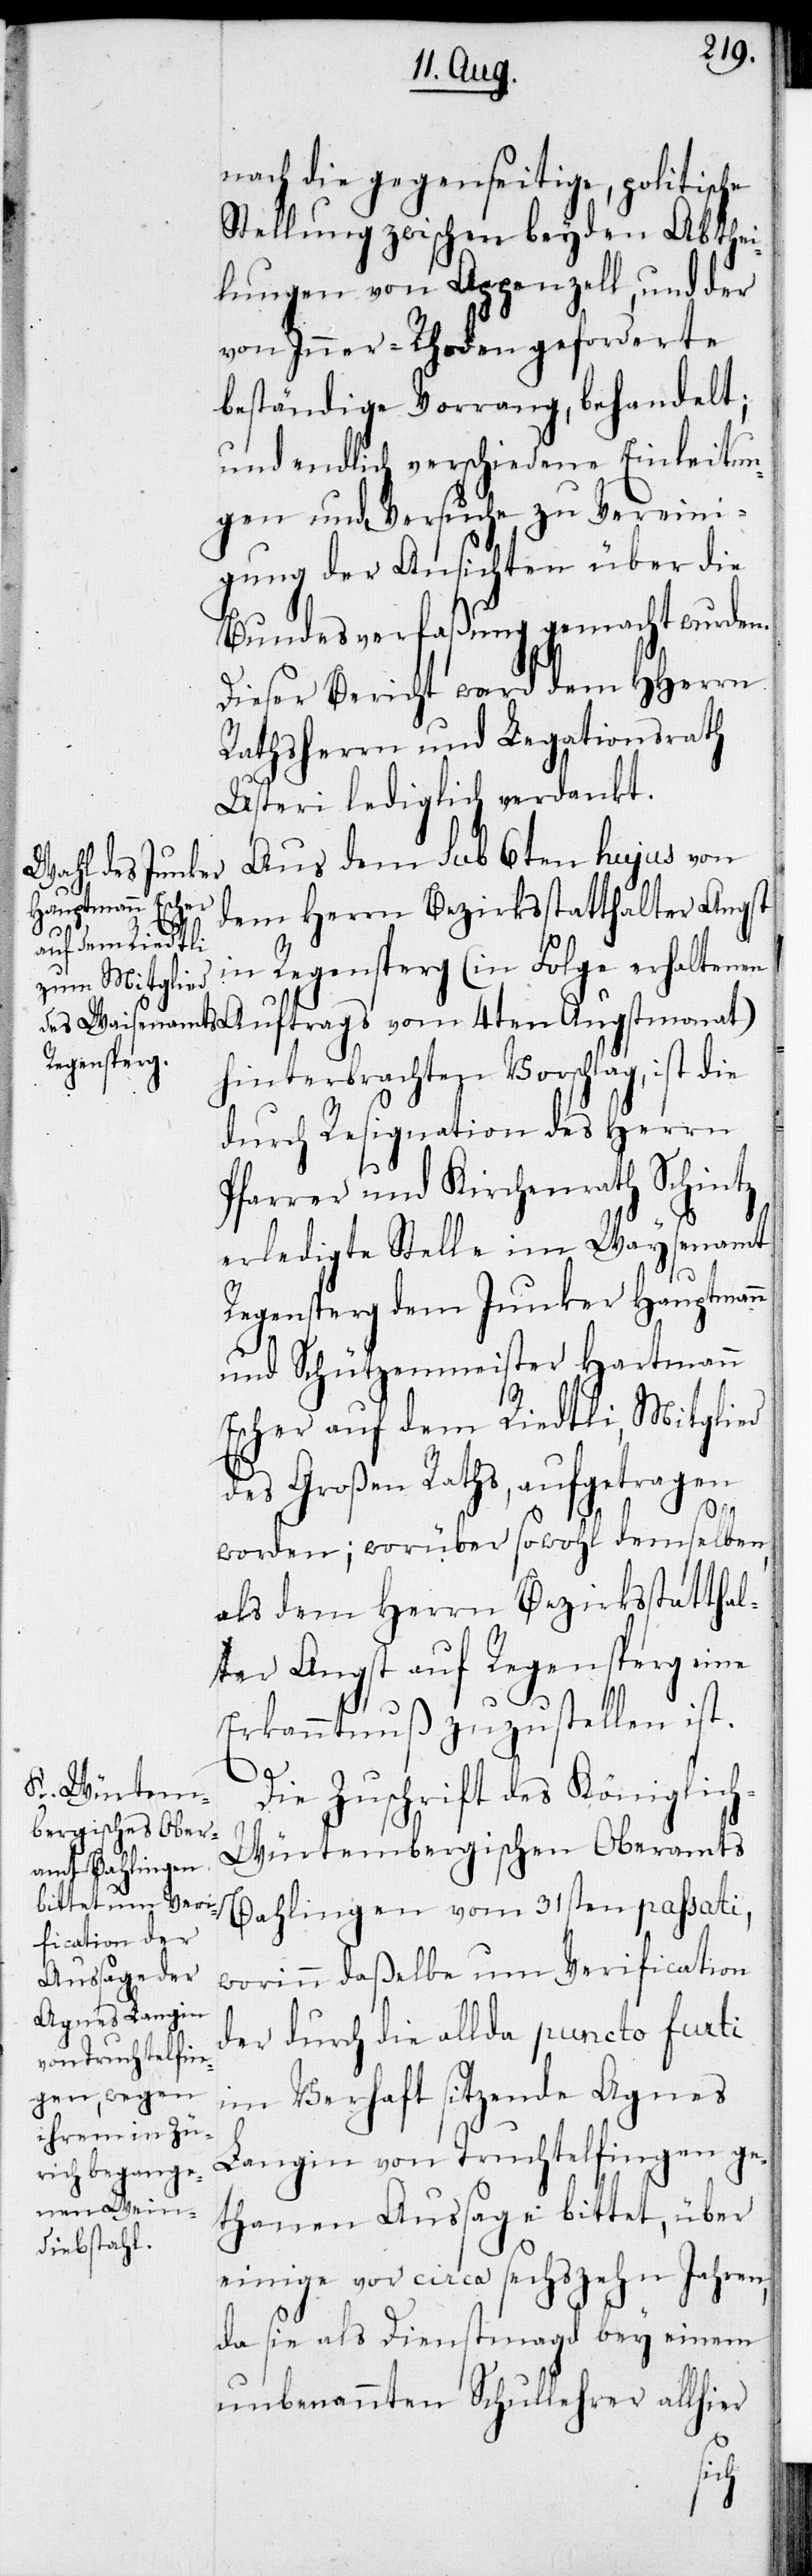
nach die gegenseitige, politische
Stellung zwischen beyden Abthei¬
lungen von Appenzell, und der
von Inner-Rhoden geforderte
beständige Vorrang, behandelt;
und endlich verschiedene Einleitun¬
gen und Versuche zu Vereini¬
gung der Ansichten über die
Bundesverfaßung gemacht wurden.
Dieser Bericht ward dem HHerrn
Rathsherrn und Legationsrath
Usteri lediglich verdankt.
Aus dem sub 6ten hujus von
dem Herrn Bezirksstatthalter Angst
in Regensperg (in Folge erhaltenen
hinterbrachten Vorschlag, ist die
durch Resignation des Herrn
Pfarrer und Kirchenrath Schintz
erledigte Stelle im Waysenamt
Regensperg dem Junker Hauptmann
und Schützenmeister Hartmann
Escher auf dem Riedtli, Mitglied
des Großen Raths, aufgetragen
4ten
worden; worüber sowohl demselben,
als dem Herrn Bezirksstatthal¬
ter Angst auf Regensperg eine
Erkanntnuß zuzustellen ist.
Die Zuschrift des Königlic¬
h-Würtembergischen Oberamts
Bahlingen vom 31sten passati,
worin daßelbe um Verification
der durch die allda puncto furti
im Verhaft sitzende Agnes
Langin von Truchtelfingen ge¬
thanen Aussage bittet, über
einige vor circa sechszehn Jahren,
da sie als Dienstmagd bey einem
unbenannten Schullehrer allhier